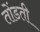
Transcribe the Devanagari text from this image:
तोंडती